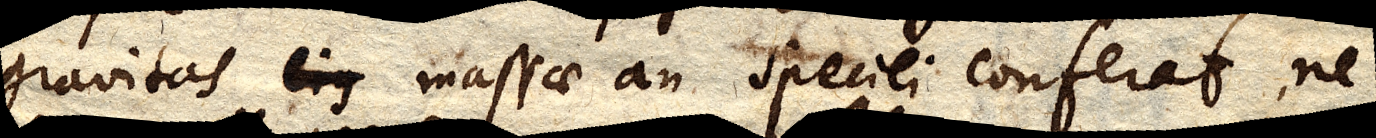
gravitasejus massae an speciei conferat, ne